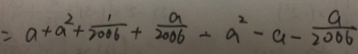
= a + a ^ { 2 } + \frac { 1 } { 2 0 0 6 } + \frac { a } { 2 0 0 6 } - a ^ { 2 } - a - \frac { a } { 2 0 0 6 }